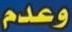
وعدم